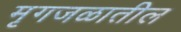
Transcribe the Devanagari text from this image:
मृगजळातील